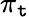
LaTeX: \pi_{\mathtt{t}}